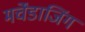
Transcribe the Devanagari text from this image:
मर्चेंडाजिंग